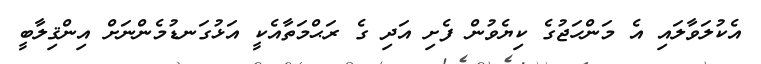
އެކުލަވާލައި އެ މަންހަޖުގެ ކިޔެވުން ފެށި އަދި ގެ ރަޙްމަތާއެކީ އަޅުގަނޑުމެންނަށް އިންޤިލާބީ